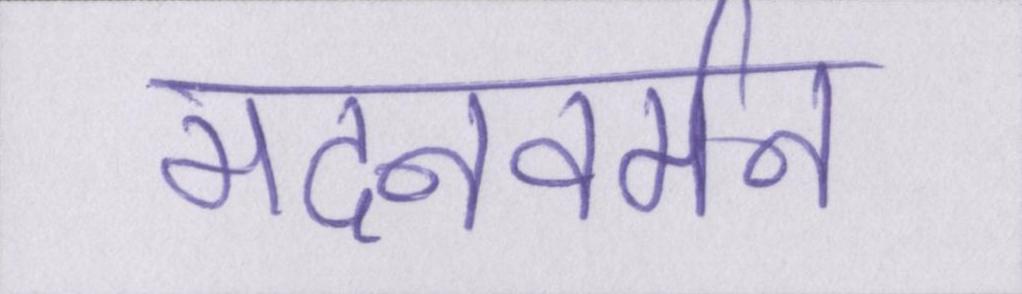
मदनवर्मन